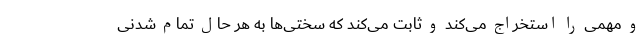
و مهمی را استخراج می‌کند و ثابت می‌کند که سختی‌ها به هر حال تمام شدنی